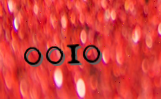
0010